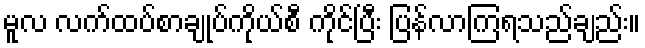
မူလ လက်ထပ်စာချုပ်ကိုယ်စီ ကိုင်ပြီး ပြန်လာကြရသည်ချည်း။